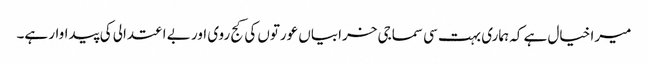
میرا خیال ہے کہ ہماری بہت سی سماجی خرابیاں عورتوں کی کج روی اور بے اعتدالی کی پیداوار ہے۔